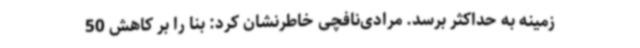
زمینه به حداکثر برسد. مرادی‌نافچی خاطرنشان کرد: بنا را بر کاهش 50